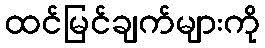
ထင်မြင်ချက်များကို